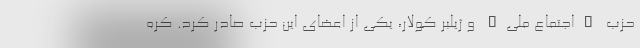
حزب "اجتماع ملی" و ژیلبر کولار، یکی از اعضای این حزب صادر کرد. کره